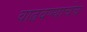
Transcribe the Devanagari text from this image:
वाढवण्याचेच